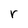
Character: r